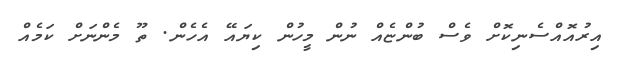
އިރުއޮއްސެނިކޮށް ވެސް ބުންޏެއް ނުން މީހުން ކިޔައޭ އެހެން. ތޫ މެންނަށް ކަމެއް